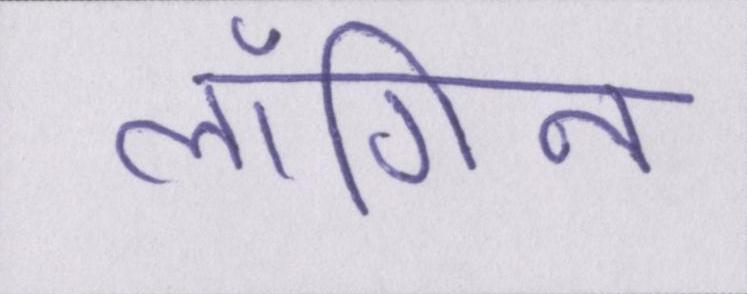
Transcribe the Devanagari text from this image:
लॉगिन